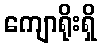
ကျောရိုးရှိ